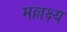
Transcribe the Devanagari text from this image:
मल्लक्ष्य